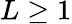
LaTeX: L\geq 1